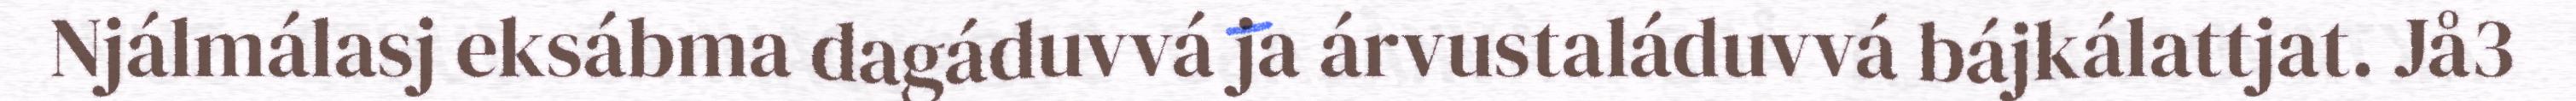
Njálmálasj eksábma dagáduvvá ja árvustaláduvvá bájkálattjat. Jå3